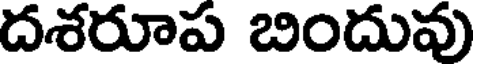
దశరూప బిందువు